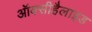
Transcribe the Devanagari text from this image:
ऑक्सीहैलाइड